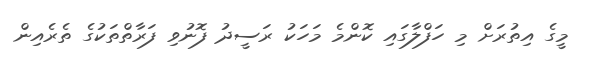
މީގެ އިތުރަށް މި ހަފްލާގައި ކޮންމެ މަހަކު ރަސީދު ފޮނުވި ފަރާތްތަކުގެ ތެރެއިން